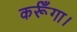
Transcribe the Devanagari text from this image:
कर्रूँगा।